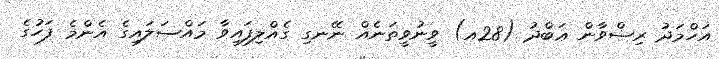
އަހްމަދު ރިޟްވާން ޢަބްދު (28އ) ވީނުވީތަނެއް ނޭނގި ގެއްލިފައިވާ މައްސަލައިގެ އެންމެ ފަހުގެ